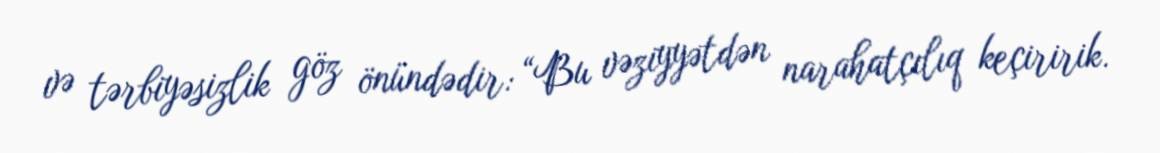
və tərbiyəsizlik göz önündədir: “Bu vəziyyətdən narahatçılıq keçiririk.